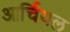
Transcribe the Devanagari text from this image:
आर्चियल